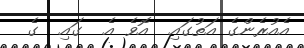
އެއުރެންގެ އަތުގައި  އޮވެ އެ  ގައި  ގެ